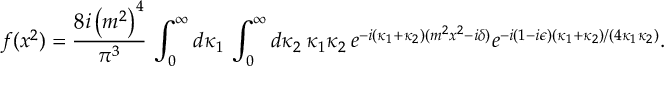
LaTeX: f ( x ^ { 2 } ) = { \frac { 8 i \left( m ^ { 2 } \right) ^ { 4 } } { \pi ^ { 3 } } } \, \int _ { 0 } ^ { \infty } d \kappa _ { 1 } \, \int _ { 0 } ^ { \infty } d \kappa _ { 2 } \, \kappa _ { 1 } \kappa _ { 2 } \, e ^ { - i ( \kappa _ { 1 } + \kappa _ { 2 } ) ( m ^ { 2 } x ^ { 2 } - i \delta ) } e ^ { - i ( 1 - i \epsilon ) ( \kappa _ { 1 } + \kappa _ { 2 } ) / ( 4 \kappa _ { 1 } \kappa _ { 2 } ) } .